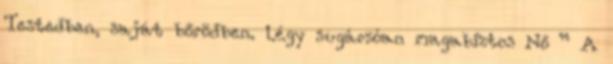
Testedben, saját bőrödben. Légy sugárzóan magabiztos Nő ” A